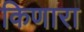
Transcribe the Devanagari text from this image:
किणारा